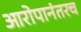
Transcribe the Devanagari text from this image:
आरोपानंतरच